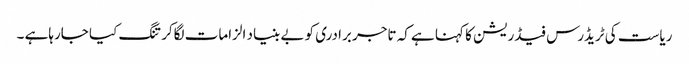
ریاست کی ٹریڈرس فیڈریشن کا کہنا ہے کہ تاجر برادری کو بے بنیاد الزامات لگاکر تنگ کیا جارہاہے ۔